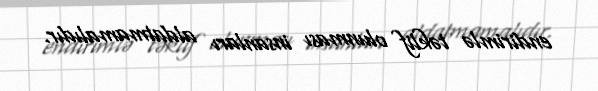
endirimlə təklif olunması insanları aldatmamalıdır.